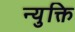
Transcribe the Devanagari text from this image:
न्युक्ति